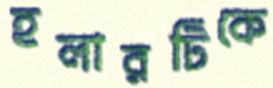
হলারটিকে